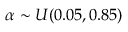
\alpha \sim U ( 0 . 0 5 , 0 . 8 5 )